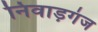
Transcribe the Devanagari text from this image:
निवाड़गंज